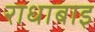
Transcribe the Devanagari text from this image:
राधाबाइ